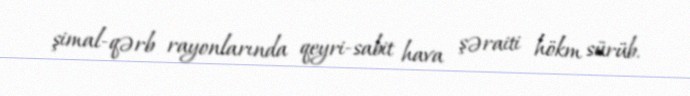
şimal-qərb rayonlarında qeyri-sabit hava şəraiti hökm sürüb.